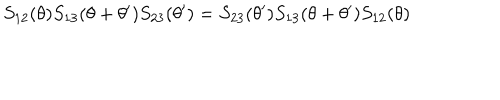
S _ { 1 2 } ( \theta ) S _ { 1 3 } ( \theta + \theta ^ { \prime } ) S _ { 2 3 } ( \theta ^ { \prime } ) = S _ { 2 3 } ( \theta ^ { \prime } ) S _ { 1 3 } ( \theta + \theta ^ { \prime } ) S _ { 1 2 } ( \theta )